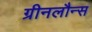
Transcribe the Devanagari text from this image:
ग्रीनलौन्स